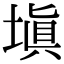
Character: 填